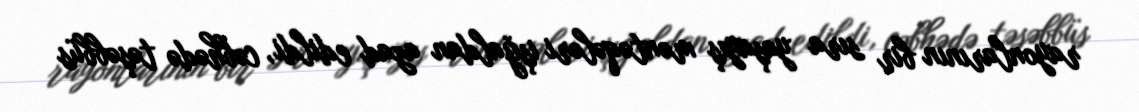
rayonlarının bir sıra yaşayış məntəqələri işğaldan azad edildi, cəbhədə təşəbbüs